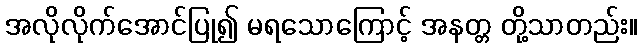
အလိုလိုက်အောင်ပြု၍ မရသောကြောင့် အနတ္တ တို့သာတည်း။